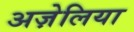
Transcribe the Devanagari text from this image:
अज़ेलिया